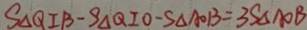
S _ { \Delta Q I B } - S _ { \Delta Q I O } - S _ { \Delta A O B } = 3 S _ { \Delta A O B }